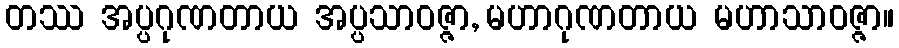
တဿ အပ္ပဂုဏတာယ အပ္ပသာဝဇ္ဇာ, မဟာဂုဏတာယ မဟာသာဝဇ္ဇာ။